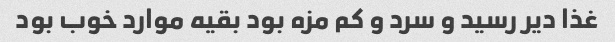
غذا دیر رسید و سرد و کم مزه بود بقیه موارد خوب بود